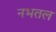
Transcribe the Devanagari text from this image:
नभतल